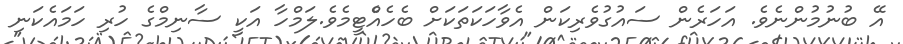
އޭ ބުނުމުންނެވެ. އަހަރެން ސައުގުވެރިކަން އެވާހަކަތަކަށް ބެހެއެްޓީމެވެ.ލަމްހާ އަކީ ސާނިމްގެ ހުރި ހަމައެކަނި